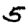
Digit: 5